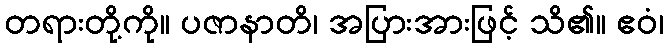
တရားတို့ကို။ ပဇာနာတိ၊ အပြားအားဖြင့် သိ၏။ ဧဝံ၊